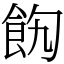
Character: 䬨